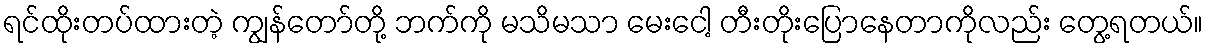
ရင်ထိုးတပ်ထားတဲ့ ကျွန်တော်တို့ ဘက်ကို မသိမသာ မေးငေါ့ တီးတိုးပြောနေတာကိုလည်း တွေ့ရတယ်။